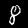
Digit: 8